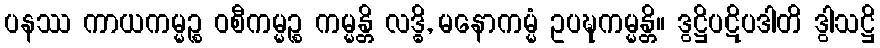
ပနဿ ကာယကမ္မဉ္စ ဝစီကမ္မဉ္စ ကမ္မန္တိ လဒ္ဓိ, မနောကမ္မံ ဥပဍ္ဎကမ္မန္တိ။ ဒွဋ္ဌိပဋိပဒါတိ ဒွါသဋ္ဌိ